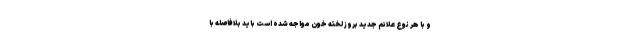
و با هر نوع علائم جدید بروز لخته خون مواجه شده است باید بلافاصله با